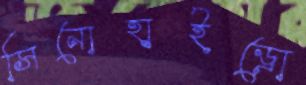
সিনোহাইড্রো